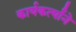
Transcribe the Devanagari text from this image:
कार्यकर्त्यांने